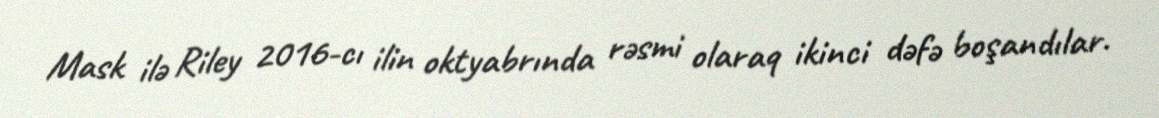
Mask ilə Riley 2016-cı ilin oktyabrında rəsmi olaraq ikinci dəfə boşandılar.